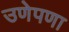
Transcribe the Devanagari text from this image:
उणेपणा